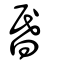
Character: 昬